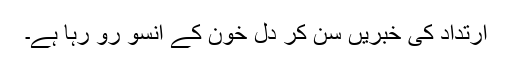
ارتداد کی خبریں سن کر دل خون کے آنسو رو رہا ہے۔